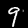
Label: 9